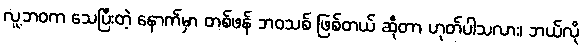
လူ့ဘဝက သေပြီးတဲ့ နောက်မှာ တစ်ဖန် ဘဝသစ် ဖြစ်တယ် ဆိုတာ ဟုတ်ပါသလား၊ ဘယ်လို